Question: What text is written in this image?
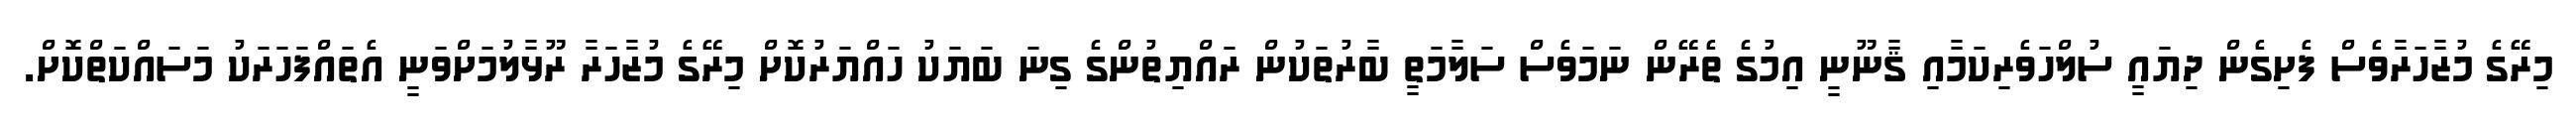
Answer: މިރޭގެ މުޒާހަރާވެސް ފެށިގެން ދިޔައީ ސުލްހަވެރިކަމާއި ޤާނޫނީ އިމުގެ ތެރޭން ނަމަވެސް ސަލާމަތީ ބާރުތަކުން ރައްޔިތުންގެ ގިނަ ބަޔަކު ހައްޔަރުކޮށް މިރޭގެ މުޒާހަރާ ރޫޅާލުމަށްވަނީ އެތައްފަހަރަކު މަސައްކަތްކޮށް.